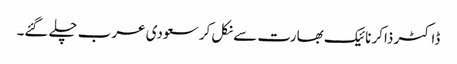
ڈاکٹر ذاکر نائیک بھارت سے نکل کر سعودی عرب چلے گئے۔